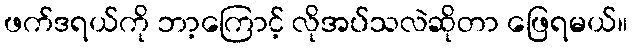
ဖက်ဒရယ်ကို ဘာ့ကြောင့် လိုအပ်သလဲဆိုတာ ဖြေရမယ်။